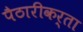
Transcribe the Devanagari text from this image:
पैठारीकर्ता